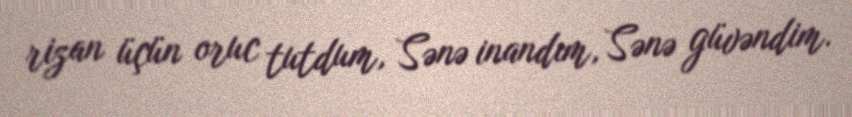
rizan üçün oruc tutdum, Sənə inandım, Sənə güvəndim.